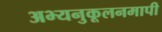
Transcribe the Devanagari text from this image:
अभ्यनुकूलनमापी